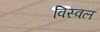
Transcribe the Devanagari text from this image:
विस्वल